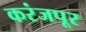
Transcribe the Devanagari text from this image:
करंजपूर